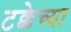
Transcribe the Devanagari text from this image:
टक्केच्या